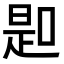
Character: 𠸭